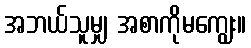
အဘယ်သူမျှ အစာကိုမကျွေး။